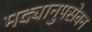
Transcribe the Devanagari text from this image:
मद्यानुपसेवन